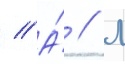
// А́ // М